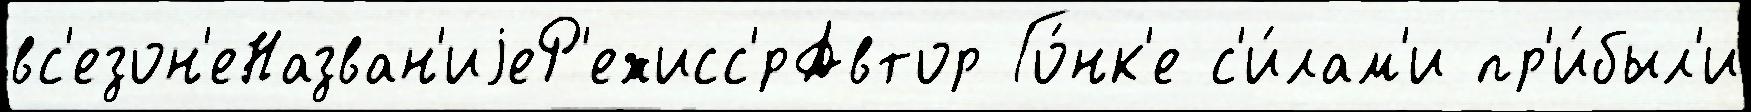
вс'езон'еНазван'иjеР'ежисс'́рАвтор Го́нк'е с'и́лам'и пр'и́был'и